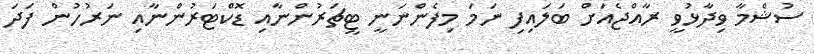
ސުޝްމާ ވިދާޅުވީ ރާއްޖެއަށް ބަލައިފި ނަމަ މިފެންނަނީ ޓީޗަރުންނާއި ޑޮކްޓަރުންނާއި ނަރުހުން ފަދަ